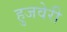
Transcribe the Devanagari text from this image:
हुजवेरी